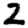
Digit: 2